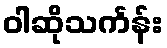
ဝါဆိုသင်္ကန်း